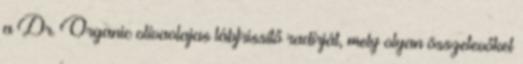
a Dr. Organic olívaolajas lábfrissítő radírját, mely olyan összetevőket